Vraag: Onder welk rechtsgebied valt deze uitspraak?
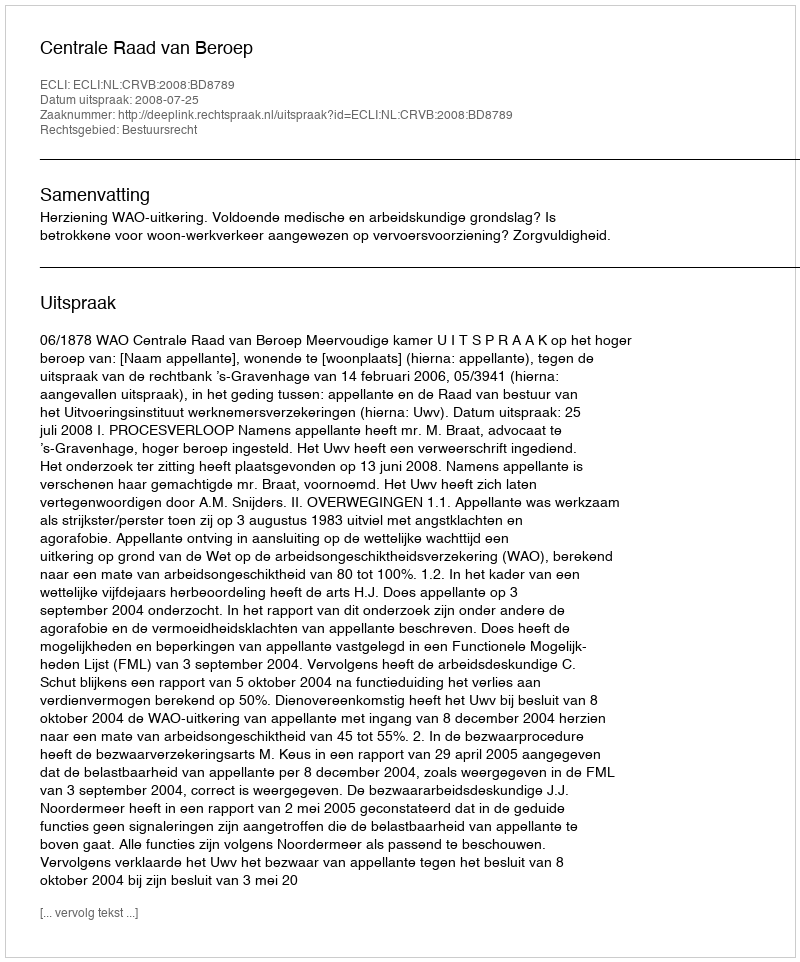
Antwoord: Bestuursrecht